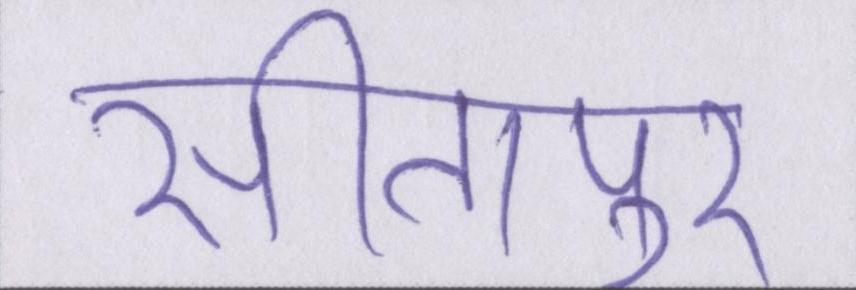
सीतापुर